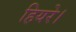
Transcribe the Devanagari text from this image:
हियरे।